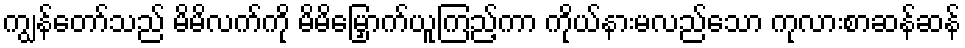
ကျွန်တော်သည် မိမိလက်ကို မိမိမြှောက်ယူကြည့်ကာ ကိုယ်နားမလည်သော ကုလားစာဆန်ဆန်